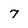
Character: 7